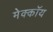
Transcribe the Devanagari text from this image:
मेक्कॉय